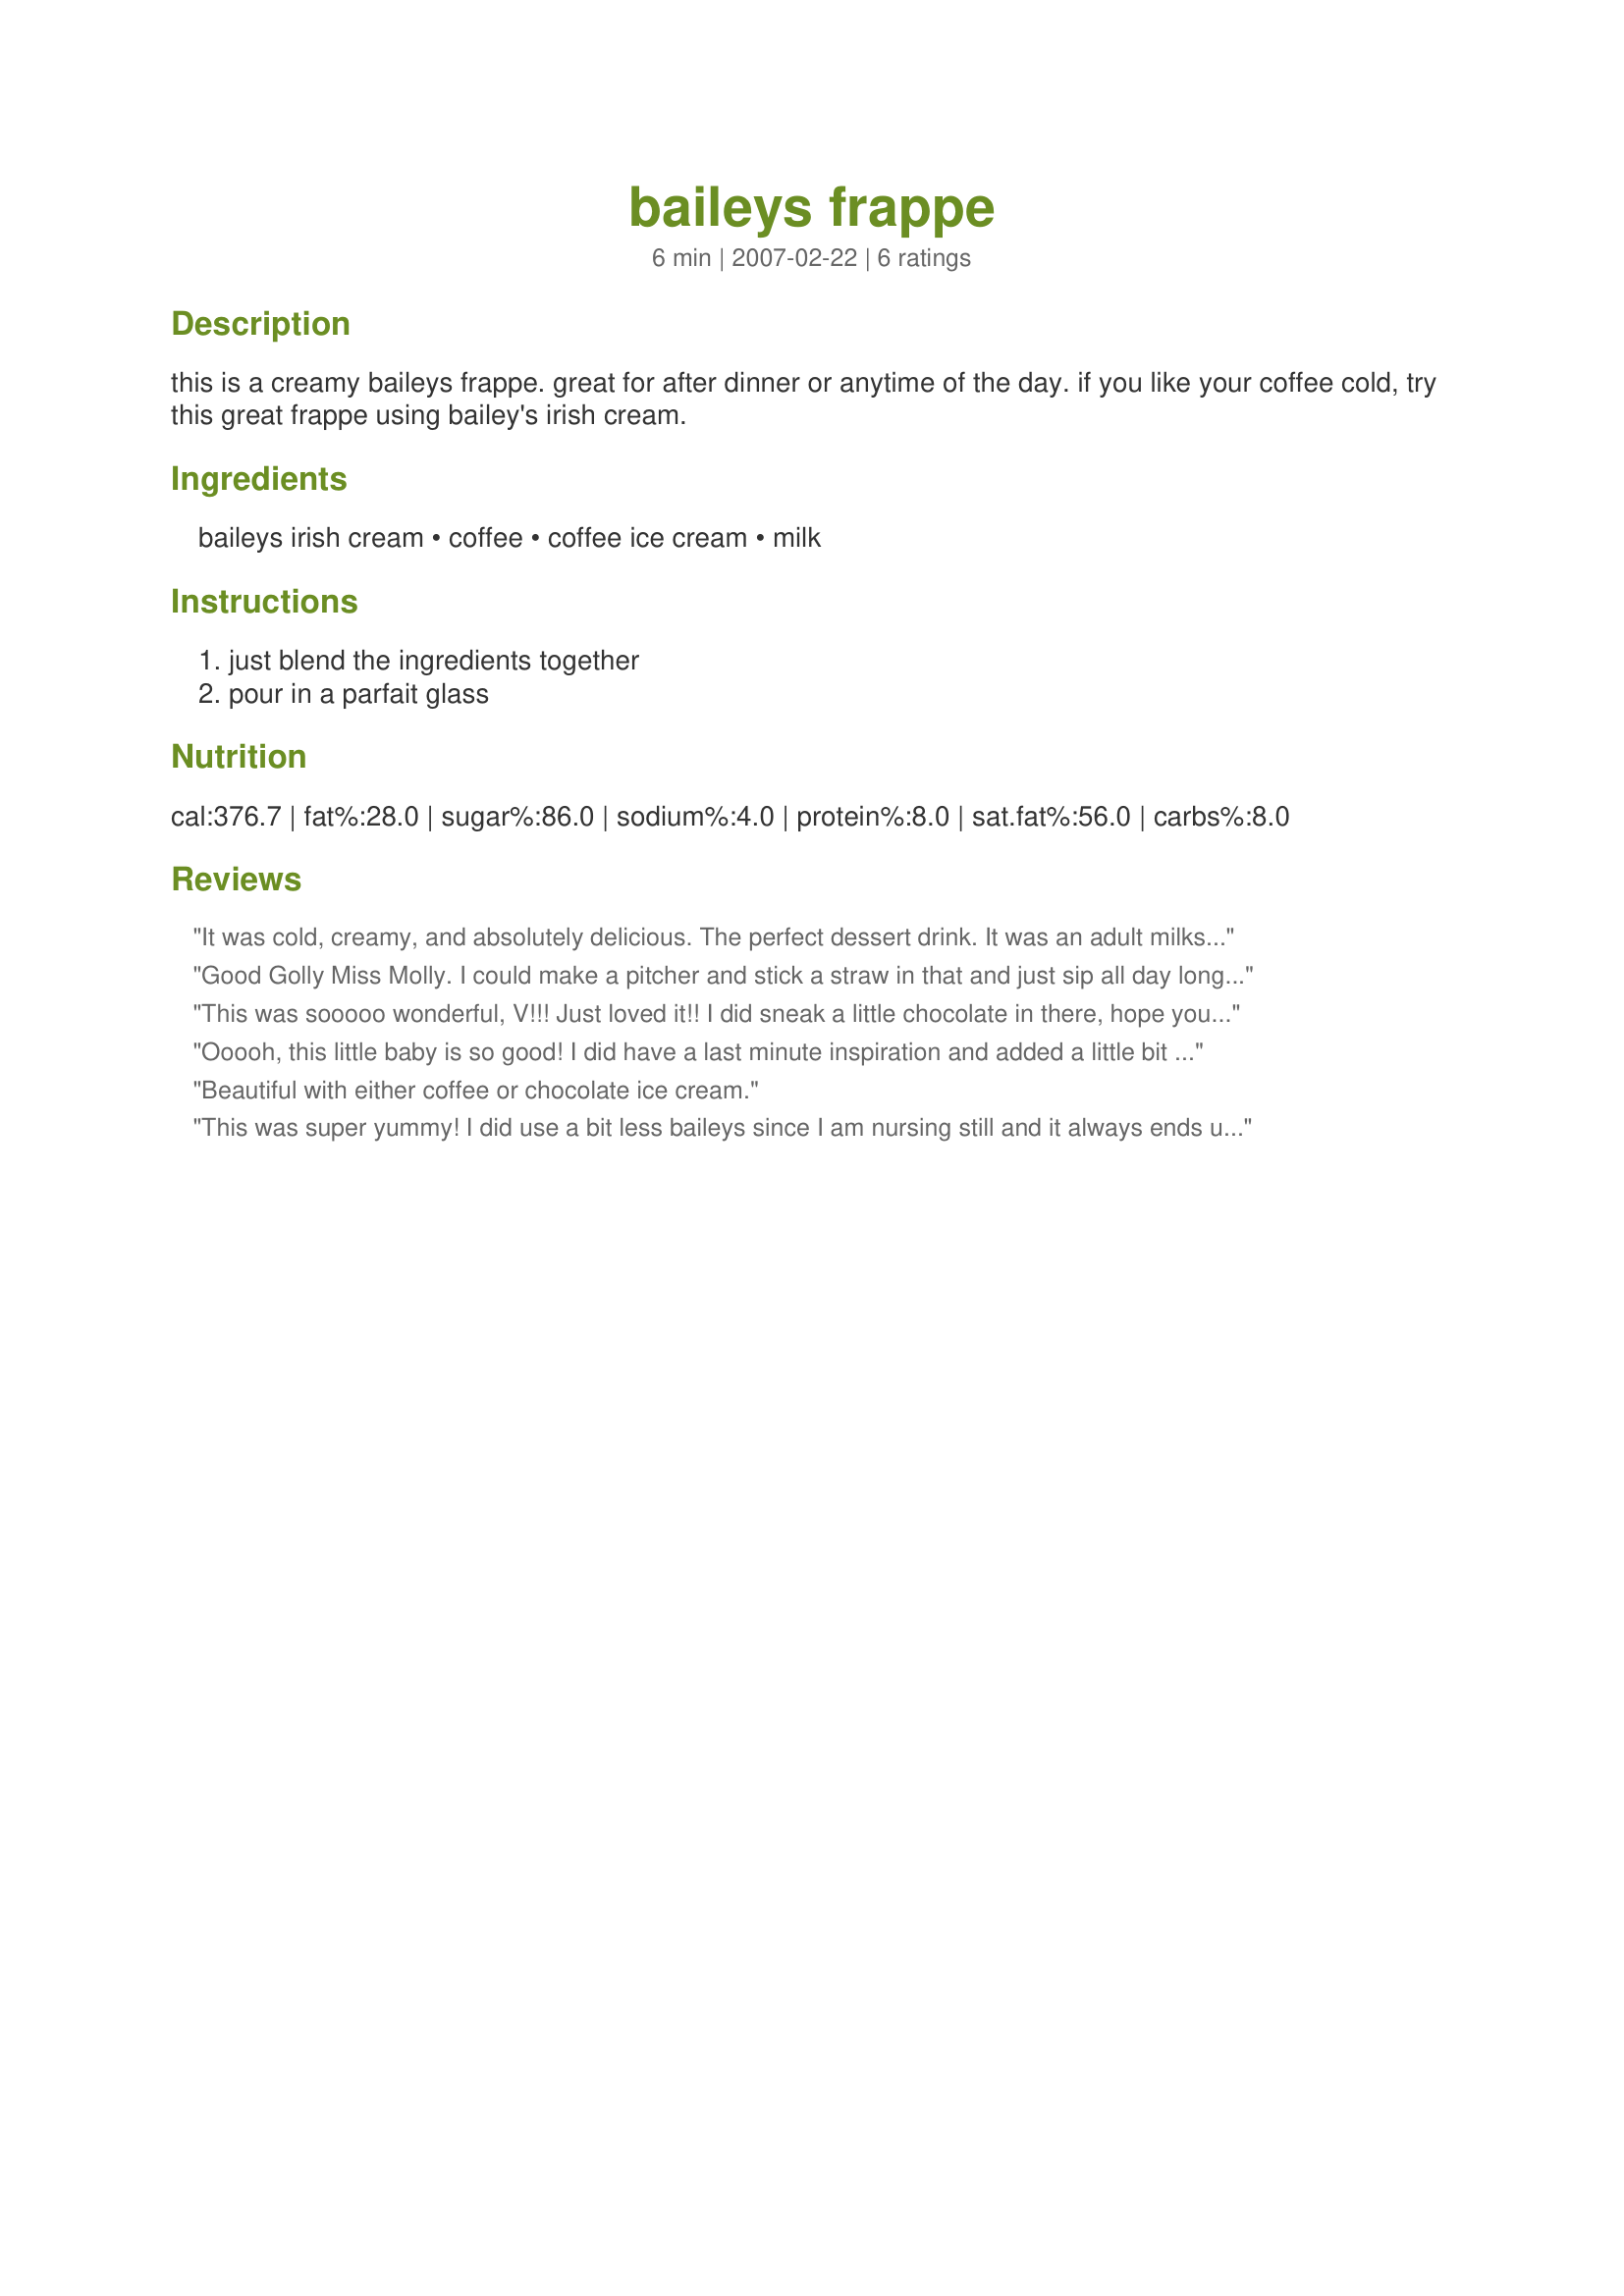
baileys frappe
Preparation time: 6 minutes

this is a creamy baileys frappe. great for after dinner or anytime of the day. if you like your coffee cold, try this great frappe using bailey's irish cream.

Ingredients:
baileys irish cream, coffee, coffee ice cream, milk

Steps:
just blend the ingredients together, pour in a parfait glass

Reviews:
It was cold,
creamy, and absolutely delicious. The perfect dessert drink. It was an adult milkshake, and
could easily be very dangerous if not consumed in moderation. Fabulous recipe.
Good Golly Miss Molly. I could make a pitcher and stick a straw in that and just sip all day long. I made it with full everything but only a half amount. Try it, you'll adore it, 'nuff said! :D
This was sooooo wonderful, V!!! Just loved it!! I did sneak a little chocolate in there, hope you don't mind! And hung a small scoop of coffee ice cream on the rim, along with a little whipped cream and a cherry! Haha!! It was much needed and pure HEAVEN!! Thank you so very much!! I just LOVED it!! :)
Ooooh, this little baby is so good! I did have a last minute inspiration and added a little bit of Hershey's chocolate syrup to the mix. I blended all the ingredients in my Magic Bullet with about 8 ice cubes and made a delicious Baileys Mocha Frappuccino. Thanks V!
Beautiful with either coffee or chocolate ice cream.
This was super yummy! I did use a bit less baileys since I am nursing still and it always ends up that he wants to nurse right after I have a drink lol. Anyway I also used fat free half and half for this and coffee ice cubes for the coffee portion since I had them. I topped mine with whip cream too! Thanks for a great drink that comes very close to a favorite at a restaurant!
